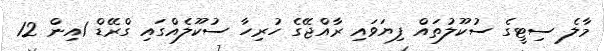
މާލެ ސިޓީގެ ސުކޫލުތައް ފިޔަވައި ރާއްޖޭގެ ހުރިހާ ސުކޫލެއްގައި ގްރޭޑް 1އިން 12